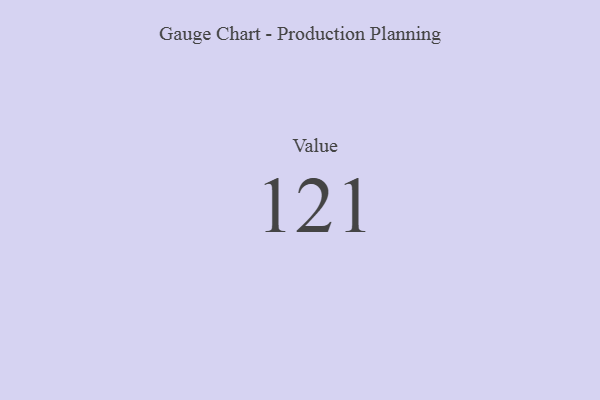
{"axis": {"x": "Metric", "y": "Value"}, "legend": [""], "data": [{"x": "Value", "y": 121, "type": ""}]}